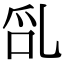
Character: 𠃭